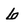
Character: 6